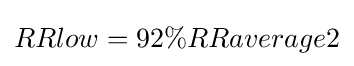
RRlow=92\%RRaverage2